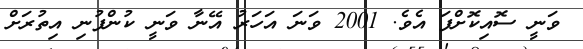
ވަނީ ސޮއިކޮށްފަ އެވެ. 2001 ވަނަ އަހަރު އޭނާ ވަނީ ކުންފުނި އިތުރަށް